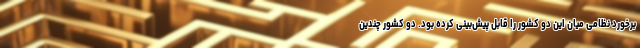
برخورد نظامی میان این دو کشور را قابل پیش‌بینی کرده بود. دو کشور چندین